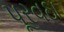
પૂરવઠા